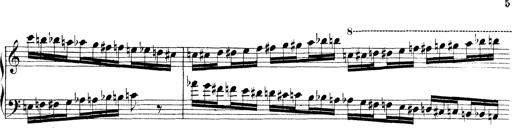
Title: Technische Studien
Composer: Franz Liszt